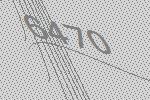
6470